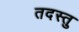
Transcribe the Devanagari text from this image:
तदस्तु